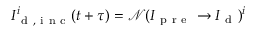
I _ { \mathrm { ~ d ~ , ~ i ~ n ~ c ~ } } ^ { i } ( t + \tau ) = \mathcal { N } ( I _ { \mathrm { ~ p ~ r ~ e ~ } } \rightarrow I _ { \mathrm { ~ d ~ } } ) ^ { i }